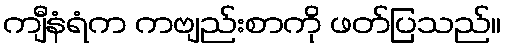
ကျီနံရံက ကဗျည်းစာကို ဖတ်ပြသည်။